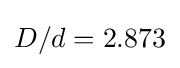
{\textstyle D/d=2.873}